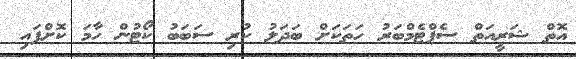
އޮތް ޝަރީއަތް ސެޕްޓެމްބަރު ހަތަކަށް ބަދަލު ކުރި ސަބަބު ކޯޓުން ހާމަ ކޮށްފައި